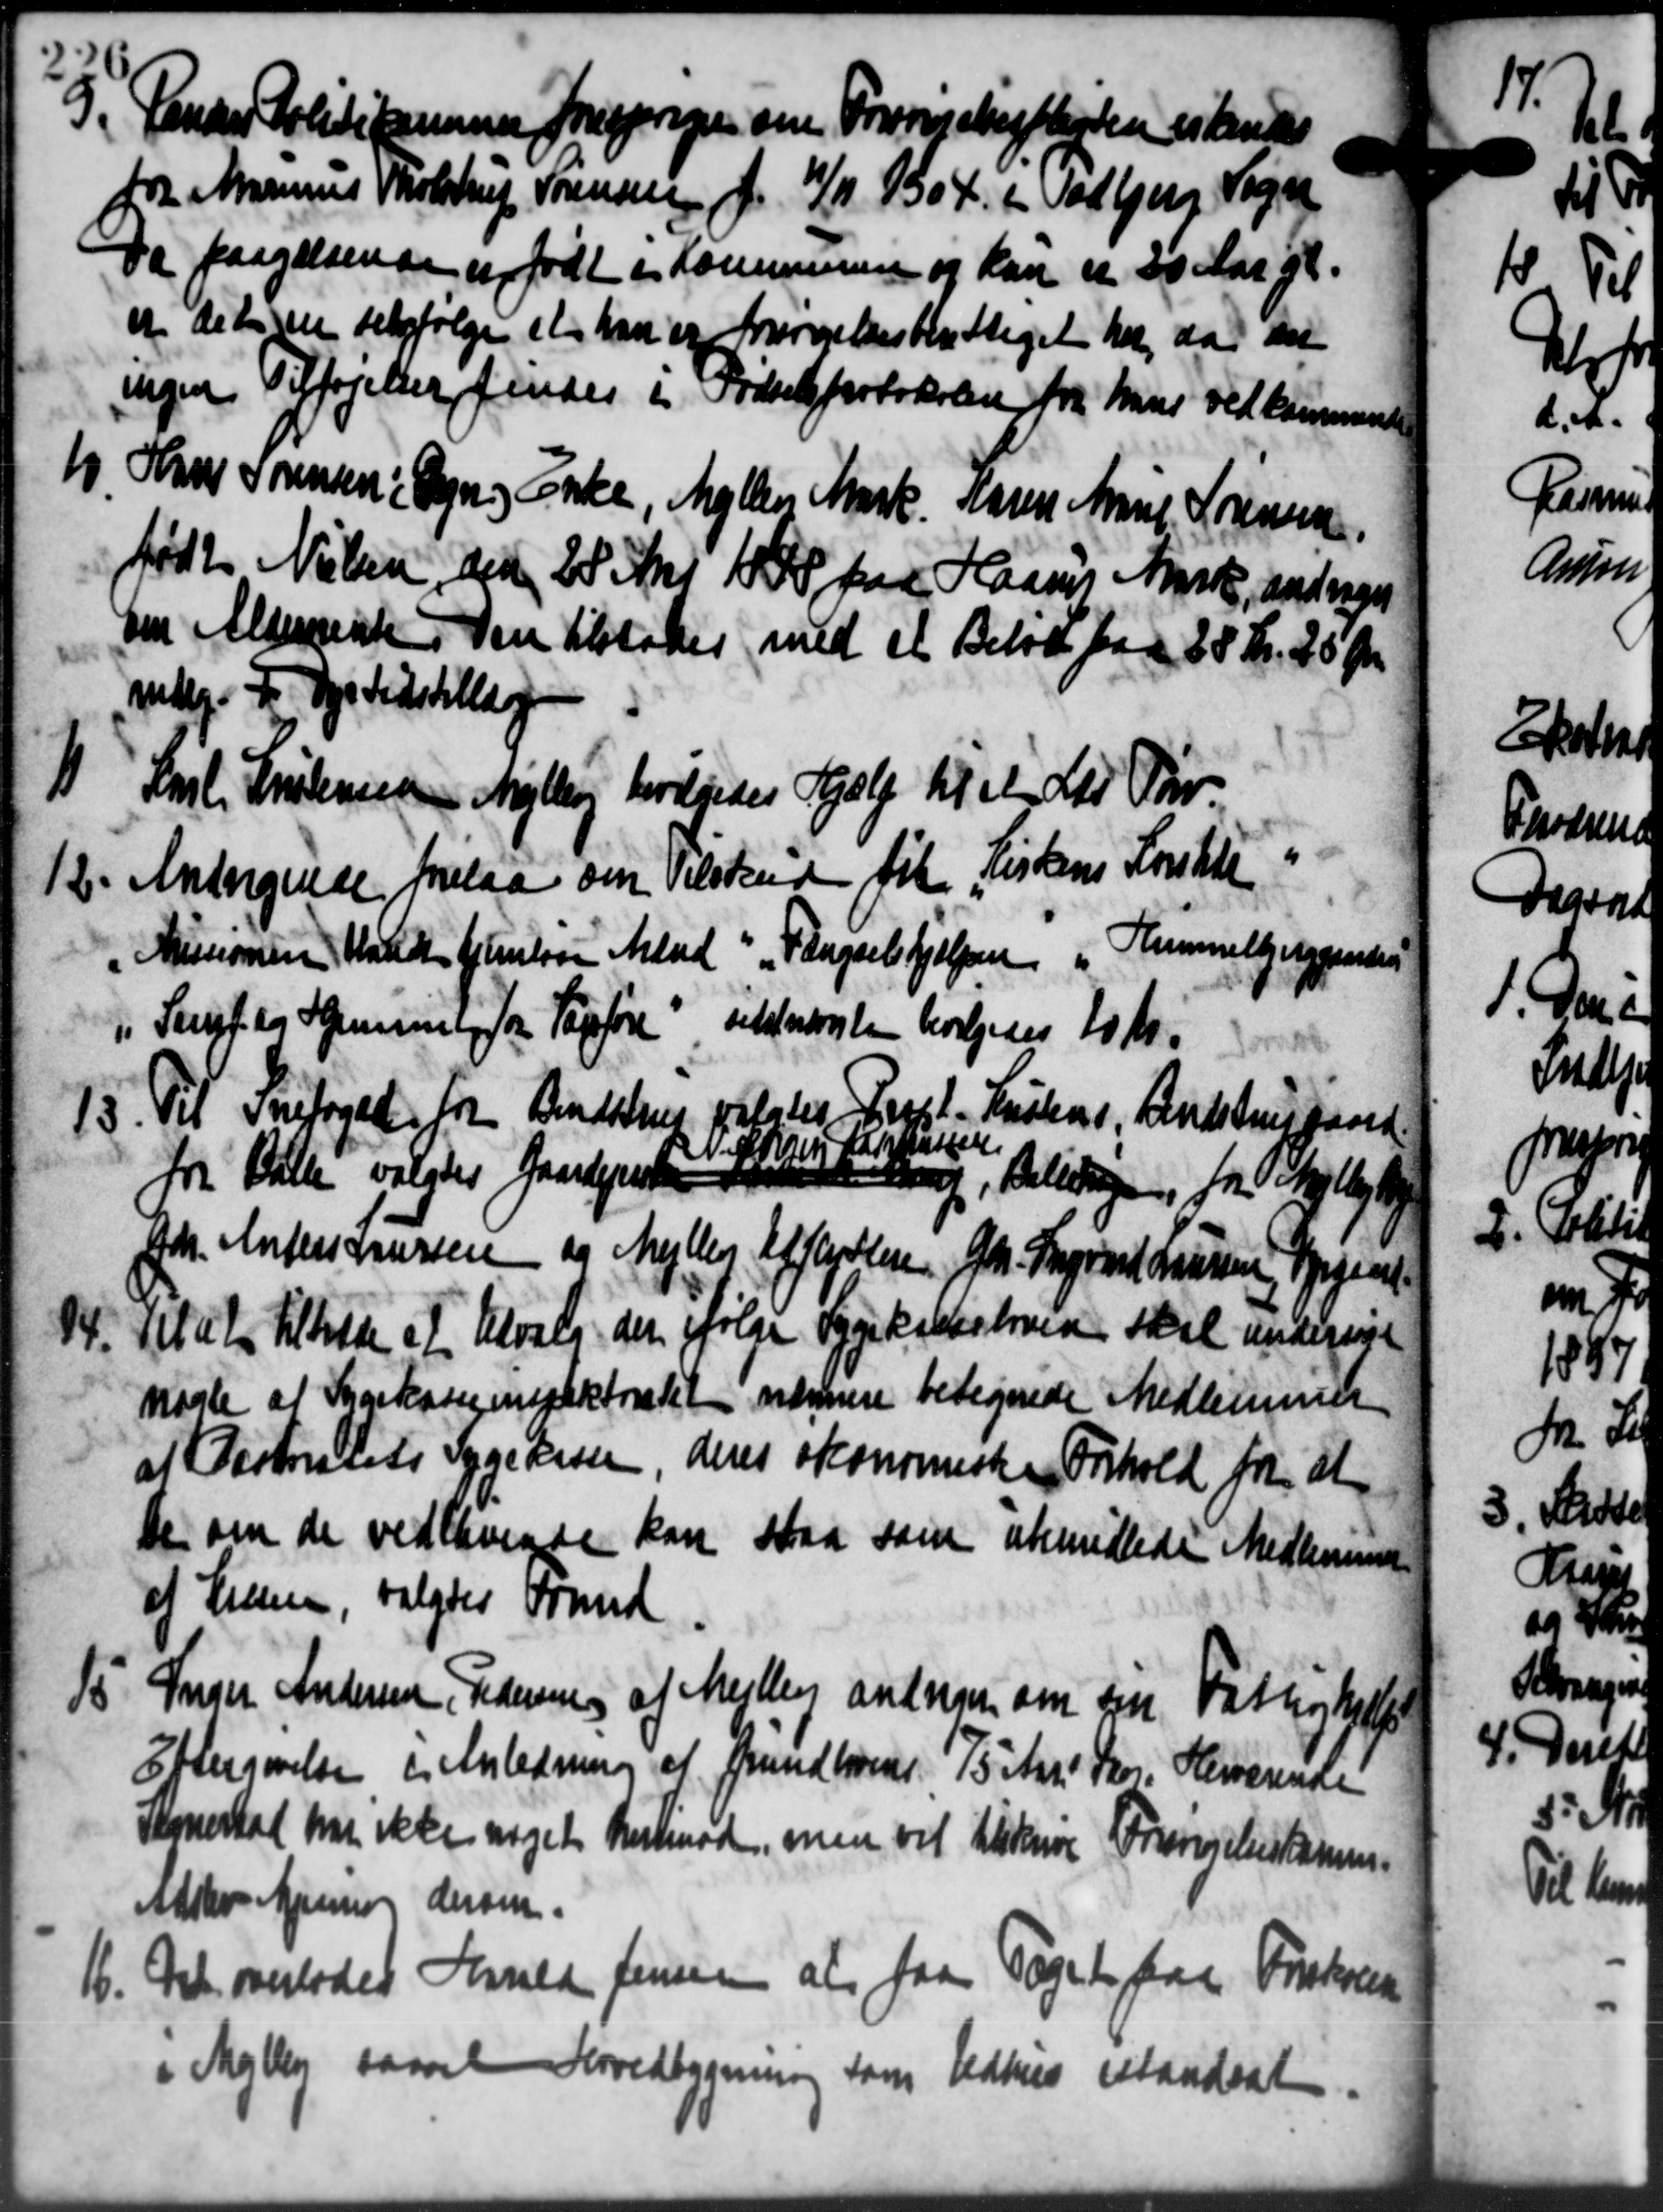
Transskription:
5. Rande Politikammenes Forespørgen om Forsørgeligtigeden erkende
5. Rande Politikammenes Forespørgen om Forsørgeligtigeden erkende
fr. Marius Tholstrup Sørensen f. 10/11 19304. i Todbjerg Vogn
Da paagældende er født i Kommunen og kan er 20 Aar gl.
er deligere tilfølge et han er forsørgelsesberettiget har da den
ingen Tilføjelser findes i Fødselsprotokolen fra hans vedkommende
10. Hans Sørensen i Egn og Enke, Møllen Mark. Karen Annel Sørensen
10. Hans Sørensen i Egn og Enke, Møllen Mark. Karen Annel Sørensen
født Nielsen den 28 Aar 188 paa Haans Mark, andrager
om Aldersrente. Den tilstodes med et Beløb paa 28 Kr. 25 Øre
mlg. F. Dyrtidstillæg
V. Pal. Kristensen Malling bevilgedes Hjælp til et der Per-
V. Pal. Kristensen Malling bevilgedes Hjælp til et der Per-
12. Andragende forelaa om Tilskud fik Kirkens Konstide
12. Andragende forelaa om Tilskud fik Kirkens Konstide
Missionen Handt Hjemløse Mand i Fængselshjælpen "Himmelbjerggaarden
 Serigt og Hjemmel for Sagføre tilstodeste bevilgedes 10 Kr.
15. Til Snefoged fra Bendstrup palates, Frostst-Kanalen, Lindstrupgaard.
15. Til Snefoged fra Bendstrup palates, Frostst-Kanalen, Lindstrupgaard.
l
Stigaarde
fri Bille valgtes Gaardejerne
sag, Belidagen for 13/3 19 09
Chr. Anders Laursen og Mejlby Affattere, Chr. Sognerad Larsen, Sagend
titut tilfalde at Udvalg der følge Sygekasseloven skal undersøgt
14.
nogle af Sygekasseinspektoratet nærmere betegnede Medlemmer
at Distratets Sygekassen, deres skommiske Forhold for at
De om de vedlavende kan staa som ubemidlede Medlemmer
af Liesen, valgtes Fmd
15. Inger Andersen, Federing af Mejley aningen om sin Fattighjælp
15. Inger Andersen, Federing af Mejley aningen om sin Fattighjælp
Eftergivelse i Anledning af Grundloven. 17/5 Aar. Skov. Herværende
Stoneskat har ikke noget herimod, men vil tilskrive Forsøgelseskomm
Alsker Aprino dersen.
16. Det overlodes Forvald Jensen at faa Taget paa Forskolen
16. Det overlodes Forvald Jensen at faa Taget paa Forskolen
i Mejlby saavel Hovedbygning som Udhus istandsat